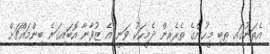
އެތަނުގައި ތިބި މީހުންގެ ތެރެއިން ދެމީހަކު ވަނީ އެ ޒުވާނާ އޮބައިގަނެ ބިންމައްޗަށް